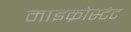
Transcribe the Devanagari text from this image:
माइक्रोस्टेट